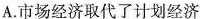
A.市场经济取代了计划经济